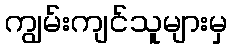
ကျွမ်းကျင်သူများမှ